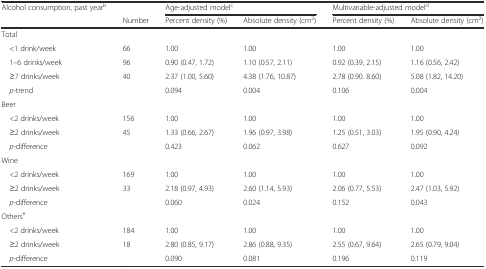
<table><thead><tr><td><b>Alcohol consumption, past year<sup>b</sup></b></td><td></td><td colspan="2"><b>Age-adjusted model<sup>c</sup></b></td><td colspan="2"><b>Multivariable-adjusted model<sup>d</sup></b></td></tr><tr><td></td><td><b>Number</b></td><td><b>Percent density (%)</b></td><td><b>Absolute density (cm<sup>2</sup>)</b></td><td><b>Percent density (%)</b></td><td><b>Absolute density (cm<sup>2</sup>)</b></td></tr></thead><tbody><tr><td>Total</td><td></td><td></td><td></td><td></td><td></td></tr><tr><td> &lt;1 drink/week</td><td>66</td><td>1.00</td><td>1.00</td><td>1.00</td><td>1.00</td></tr><tr><td> 1–6 drinks/week</td><td>96</td><td>0.90 (0.47, 1.72)</td><td>1.10 (0.57, 2.11)</td><td>0.92 (0.39, 2.15)</td><td>1.16 (0.56, 2.42)</td></tr><tr><td> ≥7 drinks/week</td><td>40</td><td>2.37 (1.00, 5.60)</td><td>4.38 (1.76, 10.87)</td><td>2.78 (0.90. 8.60)</td><td>5.08 (1.82, 14.20)</td></tr><tr><td> <i>p-</i>trend</td><td></td><td>0.094</td><td>0.004</td><td>0.106</td><td>0.004</td></tr><tr><td>Beer</td><td></td><td></td><td></td><td></td><td></td></tr><tr><td> &lt;2 drinks/week</td><td>156</td><td>1.00</td><td>1.00</td><td>1.00</td><td>1.00</td></tr><tr><td> ≥2 drinks/week</td><td>45</td><td>1.33 (0.66, 2.67)</td><td>1.96 (0.97, 3.98)</td><td>1.25 (0.51, 3.03)</td><td>1.95 (0.90, 4.24)</td></tr><tr><td> <i>p-</i>difference</td><td></td><td>0.423</td><td>0.062</td><td>0.627</td><td>0.092</td></tr><tr><td>Wine</td><td></td><td></td><td></td><td></td><td></td></tr><tr><td> &lt;2 drinks/week</td><td>169</td><td>1.00</td><td>1.00</td><td>1.00</td><td>1.00</td></tr><tr><td> ≥2 drinks/week</td><td>33</td><td>2.18 (0.97, 4.93)</td><td>2.60 (1.14, 5.93)</td><td>2.06 (0.77, 5.53)</td><td>2.47 (1.03, 5.92)</td></tr><tr><td> <i>p-</i>difference</td><td></td><td>0.060</td><td>0.024</td><td>0.152</td><td>0.043</td></tr><tr><td>Others<sup>e</sup></td><td></td><td></td><td></td><td></td><td></td></tr><tr><td> &lt;2 drinks/week</td><td>184</td><td>1.00</td><td>1.00</td><td>1.00</td><td>1.00</td></tr><tr><td> ≥2 drinks/week</td><td>18</td><td>2.80 (0.85, 9.17)</td><td>2.86 (0.88, 9.35)</td><td>2.55 (0.67, 9.64)</td><td>2.65 (0.79, 9.04)</td></tr><tr><td> <i>p-</i>difference</td><td></td><td>0.090</td><td>0.081</td><td>0.196</td><td>0.119</td></tr></tbody></table>